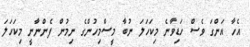
އެހާ އަންގަ ވެސް ހަޑިވާނެ މިކަހަލަ ނުބާ މީސްމިހުންގެ ނިމުން ފެންނާނީ މިކަހަލަ